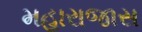
મહારાજાસ